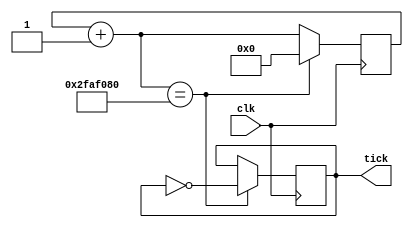
module tick_generator #(
	parameter tick_time = 32'd1000,
	parameter frequency = 32'd100000
	)(
	input wire clk,
	output reg tick);

	reg [32:0] count;
	reg [32:0] count_threshold = tick_time * frequency / 2;
	
	initial begin
		tick = 1'b0;
		count = 32'b0;
	end

	always @(posedge(clk)) begin
		count = count + 1;
		if(count == count_threshold) begin
			count = 0;
			tick = ~ tick;
		end
	end

endmodule

// module stimulus();

// 	reg CLK;
// 	wire TICK;

// 	tick_generator #(.tick_time(32'd5),.frequency(32'd1)) t1(.clk(CLK),.tick(TICK));

// 	initial begin
// 		$dumpfile("simulation.vcd");
// 		$dumpvars(1,CLK,TICK);
// 	end

// 	initial	
// 		CLK = 1'b0;

// 	always
// 		#1 CLK = ~ CLK;

// 	initial
// 		#100 $finish;

// endmodule